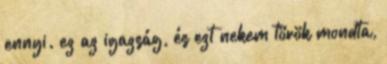
ennyi. ez az igazság, és ezt nekem török mondta,